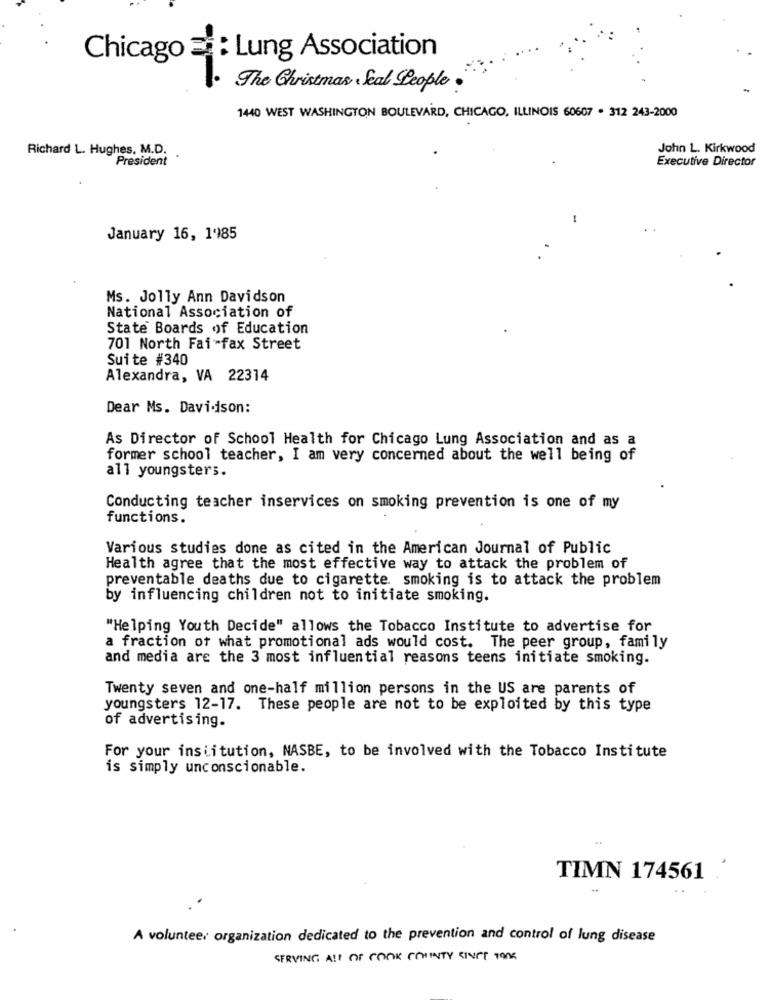
Chicago
Lung Association
The Christmas . Seal People
1440 WEST WASHINGTON BOULEVARD, CHICAGO, ILLINOIS 60607 . 312 243-2000
Richard L. Hughes, M.D.
John L. Kirkwood
President
Executive Director
January 16, 1985
Ms. Jolly Ann Davidson
National Association of
State Boards of Education
701 North Fai-fax Street
Suite #340
Alexandra, VA 22314
Dear Ms. Davidison:
As Director of School Health for Chicago Lung Association and as a
former school teacher, I am very concerned about the well being of
all youngsters.
Conducting teacher inservices on smoking prevention is one of my
functions.
Various studies done as cited in the American Journal of Public
Health agree that the most effective way to attack the problem of
preventable deaths due to cigarette smoking is to attack the problem
by influencing children not to initiate smoking.
"Helping Youth Decide" allows the Tobacco Institute to advertise for
a fraction of what promotional ads would cost. The peer group, family
and media are the 3 most influential reasons teens initiate smoking.
Twenty seven and one-half million persons in the US are parents of
youngsters 12-17. These people are not to be exploited by this type
of advertising.
For your institution, NASBE, to be involved with the Tobacco Institute
is simply unconscionable.
TIMN 174561 .
A volunteer organization dedicated to the prevention and control of lung disease
SERVING A !! OF COOK COUNTY SINCE TOOK